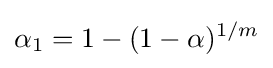
\alpha _{1}=1-(1-\alpha )^{1/m}